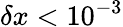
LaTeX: \delta x<10^{-3}